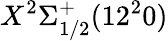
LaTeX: X^{2}\Sigma_{1/2}^{+}(12^{2}0)